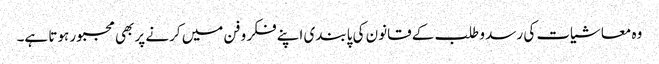
وہ معاشیات کی رسد و طلب کے قانون کی پابندی اپنے فکر و فن میں کرنے پر بھی مجبور ہوتا ہے۔